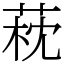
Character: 萙